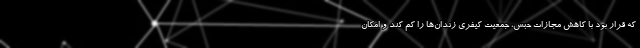
که قرار بود با کاهش مجازات حبس، جمعیت کیفری زندان‌ها را کم کند و امکان